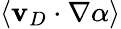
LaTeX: \langle\mathbf{v}_{D}\cdot\nabla\alpha\rangle